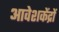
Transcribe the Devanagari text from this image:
आवेशकेंद्रों